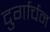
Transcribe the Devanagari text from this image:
दुर्गार्चन